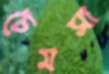
ঢেমসা